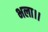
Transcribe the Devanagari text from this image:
भला।।